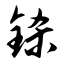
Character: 铩